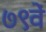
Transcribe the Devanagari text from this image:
७९वें